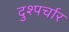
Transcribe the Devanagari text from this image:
दुश्पर्चार